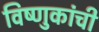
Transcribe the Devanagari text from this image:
विष्णुकांची